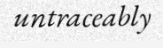
untraceably